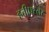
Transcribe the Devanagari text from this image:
हत्तीप्रस्तर